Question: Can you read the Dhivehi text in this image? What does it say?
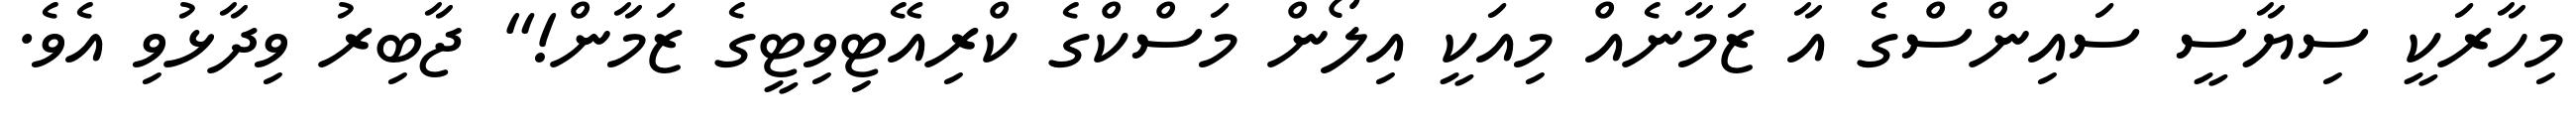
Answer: މިހާރަކީ ސިޔާސީ ސައިންސްގެ އާ ޒަމާނެއް މިއަކީ އިލޯން މަސްކްގެ ކްރިއޭޓިވިޓީގެ ޒަމާން!" ޖާބިރު ވިދާޅުވި އެވެ.